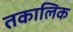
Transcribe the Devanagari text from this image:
तकालिक